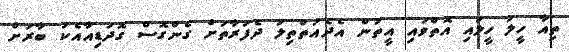
ތިއާ ހީލަ ހީލައި އޮތްވައި އީތަން އެދެއަތްތިލަ ދެފަރާތަށް ގެންގޮސް ގޮދަޑިއާއެކު ބާރަށް